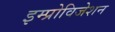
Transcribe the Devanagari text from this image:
इम्प्रोविजेशन